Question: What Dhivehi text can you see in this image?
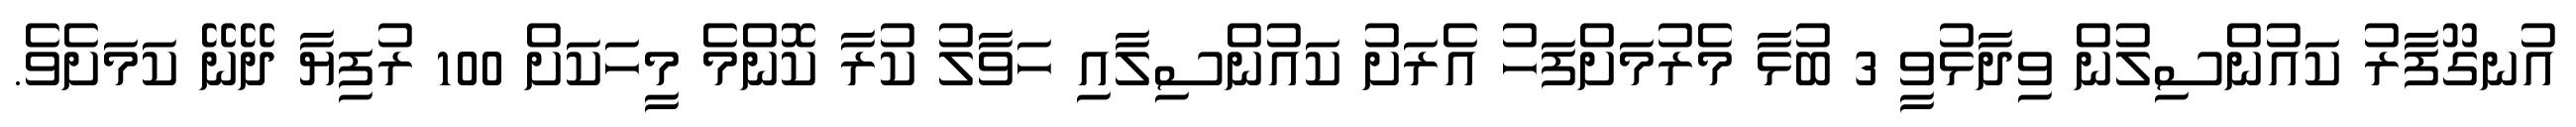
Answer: އުނގޫފާރު ކައުންސިލުން ވިދާޅުވީ 3 ބުޅާ މެރުމަށްފަހު އެރަށު ކައުންސިލާއި ހަވާލު ކުރާ ކޮންމެ މީހަކަށް 100 ރުފިޔާ ދޭނޭ ކަމަށެވެ.